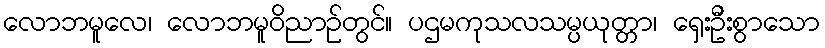
လောဘမူလေ၊ လောဘမူဝိညာဉ်တွင်။ ပဌမကုသလသမ္ပယုတ္တာ၊ ရှေးဦးစွာသော